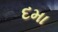
દમા